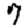
Digit: 7